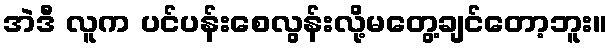
အဲဒီ လူက ပင်ပန်းစေလွန်းလို့မတွေ့ချင်တော့ဘူး။